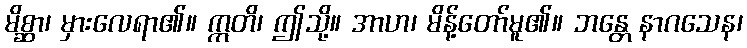
မိစ္ဆာ၊ မှားလေရာ၏။ ဣတိ၊ ဤသို့။ အာဟ၊ မိန့်တော်မူ၏။ ဘန္တေ နာဂသေန၊